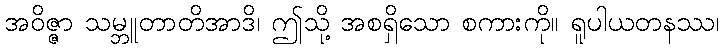
အဝိဇ္ဇာ သမ္ဘူတာတိအာဒိ၊ ဤသို့ အစရှိသော စကားကို။ ရူပါယတနဿ၊